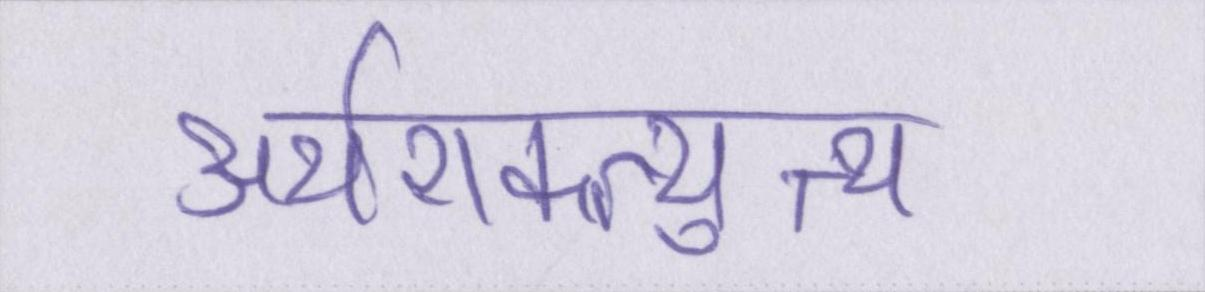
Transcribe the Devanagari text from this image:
अर्थशक्त्युत्थ